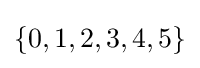
\{0,1,2,3,4,5\}